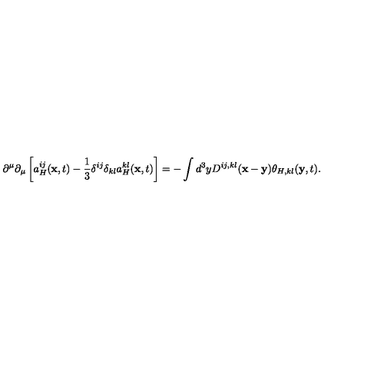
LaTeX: \partial ^ { \mu } \partial _ { \mu } \left[ a _ { H } ^ { i j } ( { \bf x } , t ) - \frac { 1 } { 3 } \delta ^ { i j } \delta _ { k l } a _ { H } ^ { k l } ( { \bf x } , t ) \right] = - \int d ^ { 3 } y D ^ { i j , k l } ( { \bf x } - { \bf y } ) \theta _ { H , k l } ( { \bf y } , t ) .